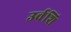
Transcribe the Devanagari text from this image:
उर्वशि